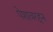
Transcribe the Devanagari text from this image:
पेशावरहून